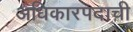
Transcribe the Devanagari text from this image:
अधिकारपदाची